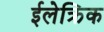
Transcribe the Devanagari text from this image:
ईलेक्त्रिक